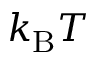
k _ { \mathrm { B } } T